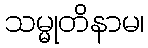
သမ္မုတိနာမ၊